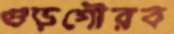
গুড়গৌরব